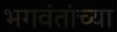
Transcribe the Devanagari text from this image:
भगवंतांच्या